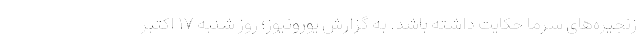
زنجیره‌های سرما حکایت داشته باشد. به گزارش یورونیوز؛ روز شنبه ۱۷ اکتبر